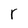
Character: r